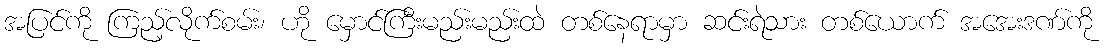
အပြင်ကို ကြည့်လိုက်စမ်း၊ ဟို မှောင်ကြီးမည်းမည်းထဲ တစ်နေရာမှာ ဆင်းရဲသား တစ်ယောက် အအေးဒဏ်ကို